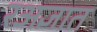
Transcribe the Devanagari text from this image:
रअज्ञात